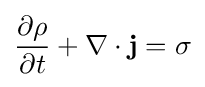
{\frac {\partial \rho }{\partial t}}+\nabla \cdot \mathbf {j} =\sigma